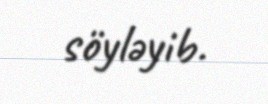
söyləyib.